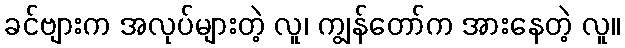
ခင်ဗျားက အလုပ်များတဲ့ လူ၊ ကျွန်တော်က အားနေတဲ့ လူ။